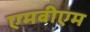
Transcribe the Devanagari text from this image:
एमबीएम